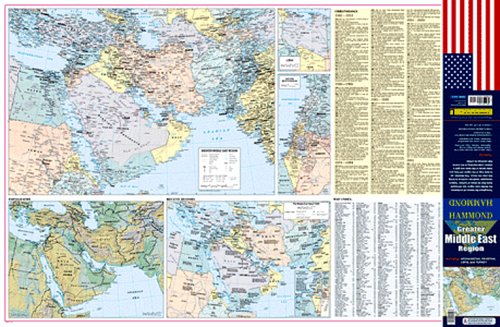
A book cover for Greater Middle East Region: Including Afghanistan, Pakistan, Libya and Turkey (Hammond Greater Middle East Region Map); Hammond Incorporated; Travel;